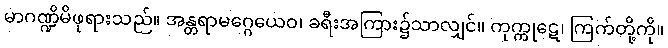
မာဂဏ္ဍိမိဖုရားသည်။ အန္တရာမဂ္ဂေယေဝ၊ ခရီးအကြား၌သာလျှင်။ ကုက္ကုဋေ၊ ကြက်တို့ကို။